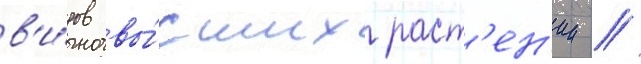
в'и́дов вы́сших раст'ен'ии //